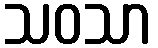
သဝသာ